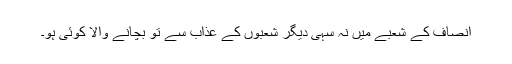
انصاف کے شعبے میں نہ سہی دیگر شعبوں کے عذاب سے تو بچانے والا کوئی ہو۔